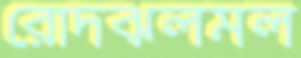
রোদঝলমল